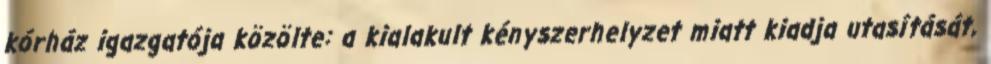
kórház igazgatója közölte: a kialakult kényszerhelyzet miatt kiadja utasítását,